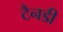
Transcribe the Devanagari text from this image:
टैनडी